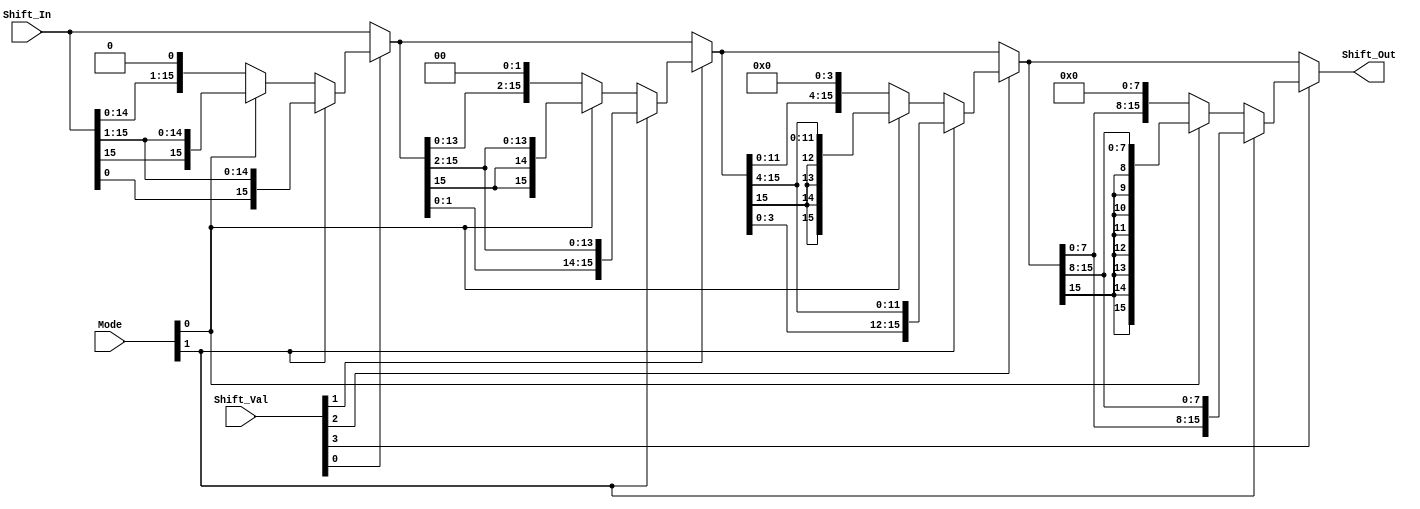
module Shifter (Shift_Out, Shift_In, Shift_Val, Mode);
input [15:0] Shift_In; 	// This is the input data to perform shift operation on
input [3:0] Shift_Val; 	// Shift amount (used to shift the input data)
input  [1:0] Mode; 		// 00 Shift left, 01 is shift right, 10 is rotate right 
output [15:0] Shift_Out; 	// Shifted output data

wire [15:0]r1,r2,r3;

assign r1 = (Shift_Val[0]) ? ((Mode[1])? ({Shift_In[0],Shift_In[15:1]}) : (Mode[0])? {Shift_In[15],Shift_In[15:1]}:{Shift_In[14:0],1'b0}) : Shift_In; 

assign r2 = (Shift_Val[1]) ? ((Mode[1])? ({r1[1:0],r1[15:2]}) : (Mode[0])? {{2{r1[15]}},r1[15:2]}:{r1[13:0],2'b0}) :r1; 

assign r3 = (Shift_Val[2]) ? ((Mode[1])? ({r2[3:0],r2[15:4]}): (Mode[0])? {{4{r2[15]}},r2[15:4]}:{r2[11:0],4'b0}) :r2; 

assign Shift_Out = (Shift_Val[3]) ? ((Mode[1])? ({r3[7:0],r3[15:8]}): (Mode[0])? {{8{r3[15]}},r3[15:8]}:{r3[7:0],8'b0}) :r3;


endmodule